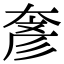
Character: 𡙓